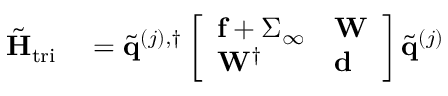
\begin{array} { r l } { \tilde { \mathbf { H } } _ { \mathrm { t r i } } } & { { } = \tilde { \mathbf { q } } ^ { ( j ) , \dagger } \left[ \begin{array} { l l } { \mathbf { f } + \boldsymbol { \Sigma } _ { \infty } } & { \mathbf { W } } \\ { \mathbf { W } ^ { \dagger } } & { \mathbf { d } } \end{array} \right] \tilde { \mathbf { q } } ^ { ( j ) } } \end{array}